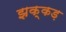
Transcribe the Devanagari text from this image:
झक्कड़